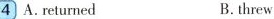
4 A.returned B.threw